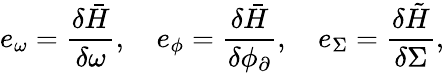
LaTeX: e_{\omega}=\frac{\delta\bar{H}}{\delta\omega},\quad e_{\phi}=\frac{\delta\bar{H}}{\delta\phi_{\partial}},\quad e_{\Sigma}=\frac{\delta\tilde{H}}{\delta\Sigma},